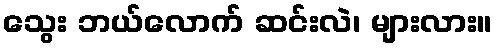
သွေး ဘယ်လောက် ဆင်းလဲ၊ များလား။